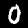
Digit: 0